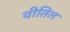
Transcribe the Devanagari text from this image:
वीतिल